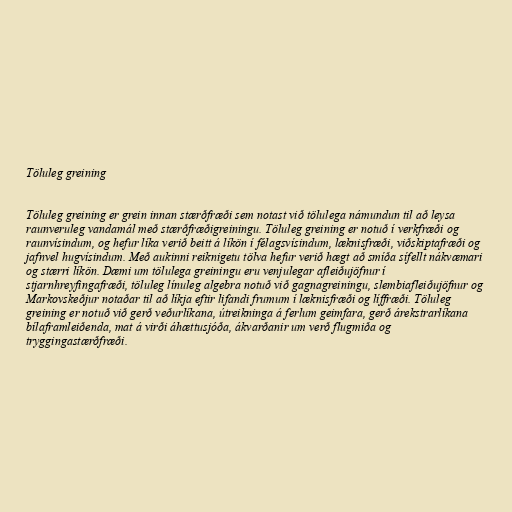
Töluleg greining

Töluleg greining er grein innan stærðfræði sem notast við tölulega námundun til að leysa
raunveruleg vandamál með stærðfræðigreiningu. Töluleg greining er notuð í verkfræði og
raunvísindum, og hefur líka verið beitt á líkön í félagsvísindum, læknisfræði, viðskiptafræði og
jafnvel hugvísindum. Með aukinni reiknigetu tölva hefur verið hægt að smíða sífellt nákvæmari
og stærri líkön. Dæmi um tölulega greiningu eru venjulegar afleiðujöfnur í
stjarnhreyfingafræði, töluleg línuleg algebra notuð við gagnagreiningu, slembiafleiðujöfnur og
Markovskeðjur notaðar til að líkja eftir lifandi frumum í læknisfræði og líffræði. Töluleg
greining er notuð við gerð veðurlíkana, útreikninga á ferlum geimfara, gerð árekstrarlíkana
bílaframleiðenda, mat á virði áhættusjóða, ákvarðanir um verð flugmiða og
tryggingastærðfræði.